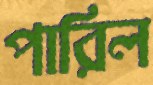
পারিল